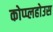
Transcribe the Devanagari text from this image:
कोप्प्लहोउस